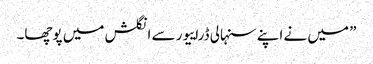
” میں نے اپنے سنہالی ڈراییور سے انگلش میں پوچھا۔